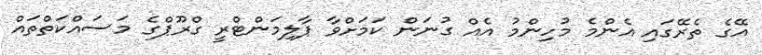
އޭގެ ތެރޭގައި އެންމެ މުހިންމު އެއް ގުނަން ކަމަށްވާ ޕާލިމަންޓްރީ ގްރޫޕްގެ މަސައްކަތްތައް